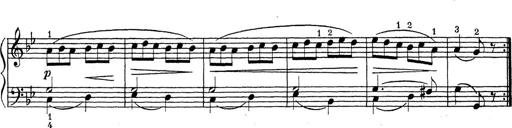
Title: ÄŒeskÃ© Sonatiny
Composer: Various